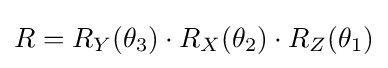
R=R_{Y}(\theta _{3})\cdot R_{X}(\theta _{2})\cdot R_{Z}(\theta _{1})